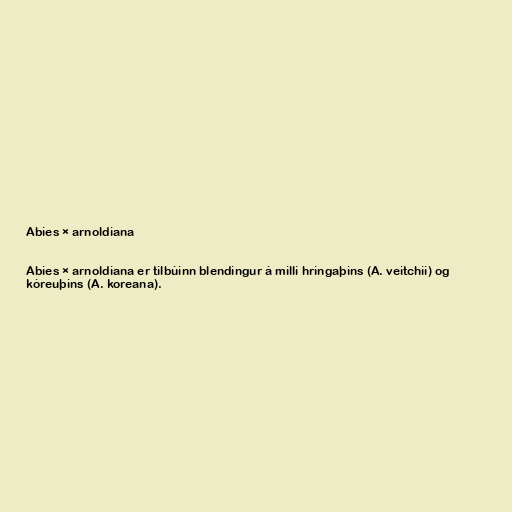
Abies × arnoldiana

Abies × arnoldiana er tilbúinn blendingur á milli hringaþins (A. veitchii) og
kóreuþins (A. koreana).